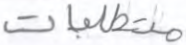
متطلبات